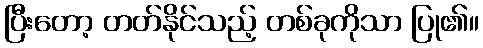
ပြီးတော့ တတ်နိုင်သည့် တစ်ခုကိုသာ ပြု၏။